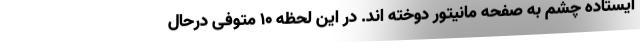
ایستاده چشم به صفحه مانیتور دوخته اند. در این لحظه ۱۰ متوفی درحال